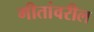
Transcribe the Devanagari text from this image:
गीतांवरील